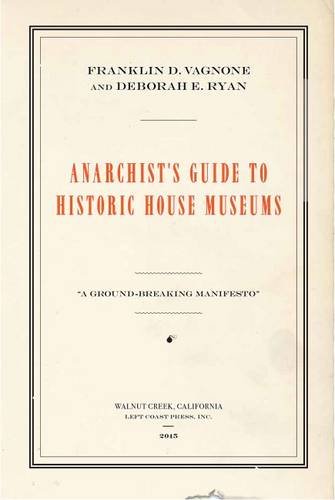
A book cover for Anarchist's Guide to Historic House Museums; Franklin D Vagnone; History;